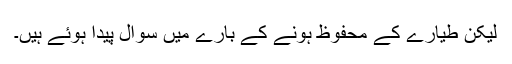
لیکن طیارے کے محفوظ ہونے کے بارے میں سوال پیدا ہوئے ہیں۔